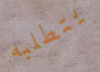
يتطلبه